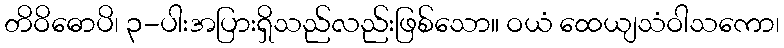
တိဝိဓောပိ၊ ၃-ပါးအပြားရှိသည်လည်းဖြစ်သော။ ဝယံ ထေယျသံဝါသကော၊